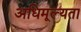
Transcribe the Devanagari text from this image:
अधिमूल्यता